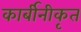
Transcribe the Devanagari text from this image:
कार्बीनीकृत